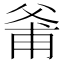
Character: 𱭊